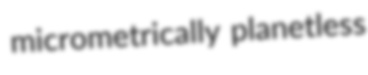
micrometrically planetless